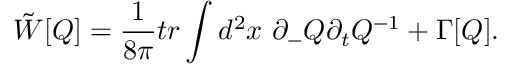
\tilde { W } [ Q ] = \frac { 1 } { 8 \pi } t r \int d ^ { 2 } x ~ \partial _ { - } Q \partial _ { t } Q ^ { - 1 } + \Gamma [ Q ] .